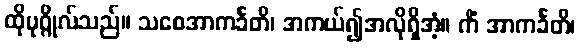
ထိုပုဂ္ဂိုလ်သည်။ သစေအာကင်္ခတိ၊ အကယ်၍အလိုရှိအံ့။ ကိံ အာကင်္ခတိ၊